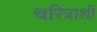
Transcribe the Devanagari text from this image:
चरित्राशी